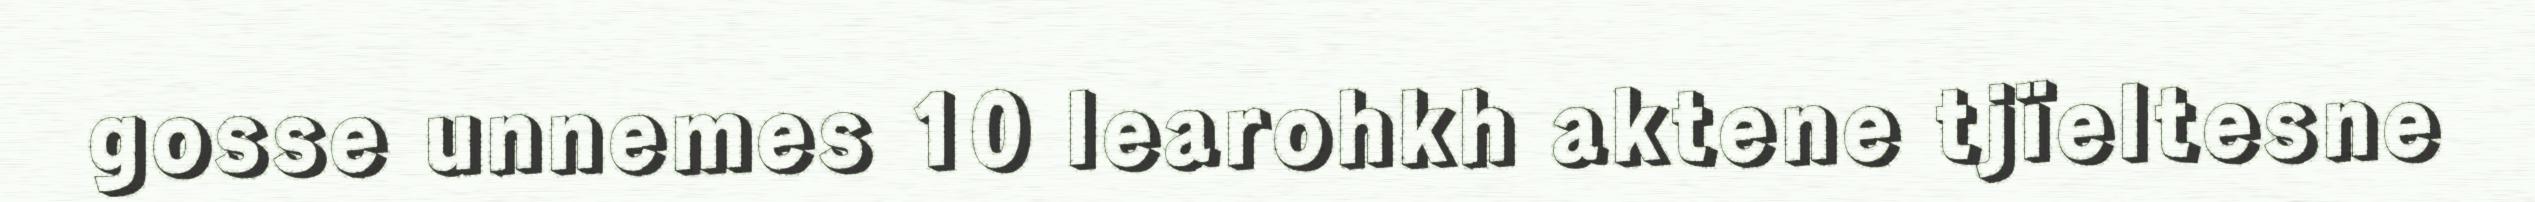
gosse unnemes 10 learohkh aktene tjïeltesne